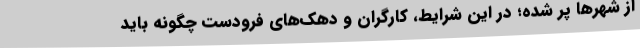
از شهرها پر شده؛ در این شرایط، کارگران و دهک‌های فرودست چگونه باید